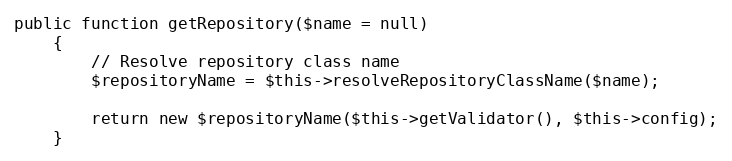
Language: PHP
public function getRepository($name = null)
    {
        // Resolve repository class name
        $repositoryName = $this->resolveRepositoryClassName($name);

        return new $repositoryName($this->getValidator(), $this->config);
    }